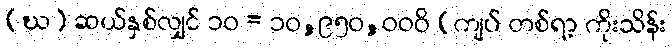
(ဃ) ဆယ်နှစ်လျှင် ၁၀ = ၁၀,၉၅၀,၀၀၀ိ (ကျပ် တစ်ရာ့ ကိုးသိန်း